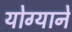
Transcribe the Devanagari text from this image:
योग्याने